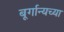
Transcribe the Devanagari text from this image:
बूर्गान्यच्या